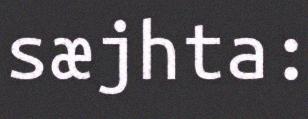
sæjhta: